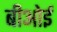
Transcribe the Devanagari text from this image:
बीओई